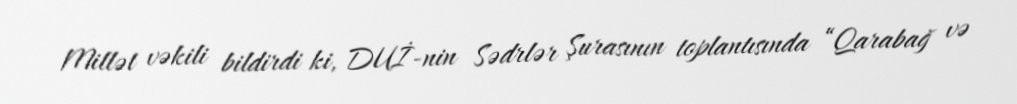
Millət vəkili bildirdi ki, DUİ-nin Sədrlər Şurasının toplantısında “Qarabağ və